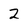
Character: 2